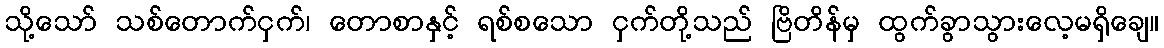
သို့သော် သစ်တောက်ငှက်၊ တောစာနှင့် ရစ်စသော ငှက်တို့သည် ဗြိတိန်မှ ထွက်ခွာသွားလေ့မရှိချေ။